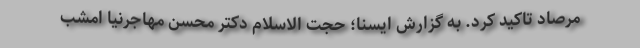
مرصاد تاکید کرد. به گزارش ایسنا؛ حجت الاسلام دکتر محسن مهاجرنیا امشب